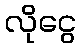
လိုငွေ